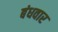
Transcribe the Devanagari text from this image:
बंधवार